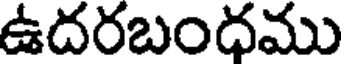
ఉదరబంధము